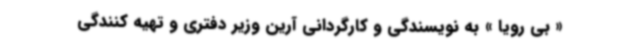
« بی رویا » به نویسندگی و کارگردانی آرین وزیر دفتری و تهیه کنندگی